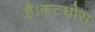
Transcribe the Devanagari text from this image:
है।कटघोरा